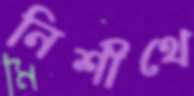
নিশীথে